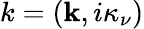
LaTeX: k=(\mathbf{k},i\kappa_{\nu})